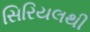
સિરિયલથી